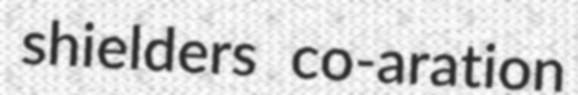
shielders co-aration